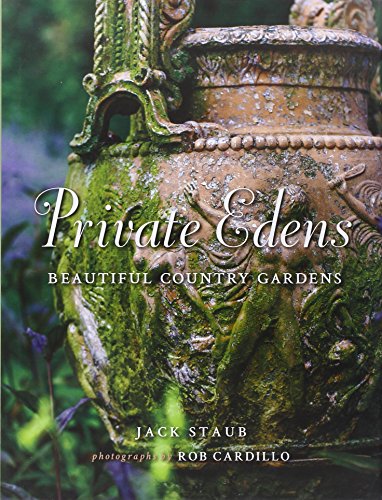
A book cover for Private Edens: Beautiful Country Gardens; Jack Staub; Crafts, Hobbies & Home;